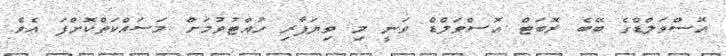
އޮސްވަލްޑްގެ ބޭބެ ރޮބަޓް އޮސްވަލްޑް ވަނީ މި ވިޔަފާރި ހުއްޓުވުމަށް މަސައްކަތްކޮށްފަ އެވެ.